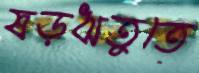
ষড়ঋতুতে